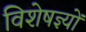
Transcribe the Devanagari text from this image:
विशेषज्ञ्यों